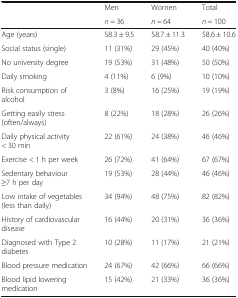
<table><thead><tr><td></td><td><b>Men</b></td><td><b>Women</b></td><td><b>Total</b></td></tr><tr><td></td><td><b><i>n</i> = 36</b></td><td><b><i>n</i> = 64</b></td><td><b><i>n</i> = 100</b></td></tr></thead><tbody><tr><td>Age (years)</td><td>58.3 ± 9.5</td><td>58.7 ± 11.3</td><td>58.6 ± 10.6</td></tr><tr><td>Social status (single)</td><td>11 (31%)</td><td>29 (45%)</td><td>40 (40%)</td></tr><tr><td>No university degree</td><td>19 (53%)</td><td>31 (48%)</td><td>50 (50%)</td></tr><tr><td>Daily smoking</td><td>4 (11%)</td><td>6 (9%)</td><td>10 (10%)</td></tr><tr><td>Risk consumption of alcohol</td><td>3 (8%)</td><td>16 (25%)</td><td>19 (19%)</td></tr><tr><td>Getting easily stress (often/always)</td><td>8 (22%)</td><td>18 (28%)</td><td>26 (26%)</td></tr><tr><td>Daily physical activity &lt; 30 min</td><td>22 (61%)</td><td>24 (38%)</td><td>46 (46%)</td></tr><tr><td>Exercise &lt; 1 h per week</td><td>26 (72%)</td><td>41 (64%)</td><td>67 (67%)</td></tr><tr><td>Sedentary behaviour ≥7 h per day</td><td>19 (53%)</td><td>28 (44%)</td><td>46 (46%)</td></tr><tr><td>Low intake of vegetables (less than daily)</td><td>34 (94%)</td><td>48 (75%)</td><td>82 (82%)</td></tr><tr><td>History of cardiovascular disease</td><td>16 (44%)</td><td>20 (31%)</td><td>36 (36%)</td></tr><tr><td>Diagnosed with Type 2 diabetes</td><td>10 (28%)</td><td>11 (17%)</td><td>21 (21%)</td></tr><tr><td>Blood pressure medication</td><td>24 (67%)</td><td>42 (66%)</td><td>66 (66%)</td></tr><tr><td>Blood lipid lowering medication</td><td>15 (42%)</td><td>21 (33%)</td><td>36 (36%)</td></tr></tbody></table>